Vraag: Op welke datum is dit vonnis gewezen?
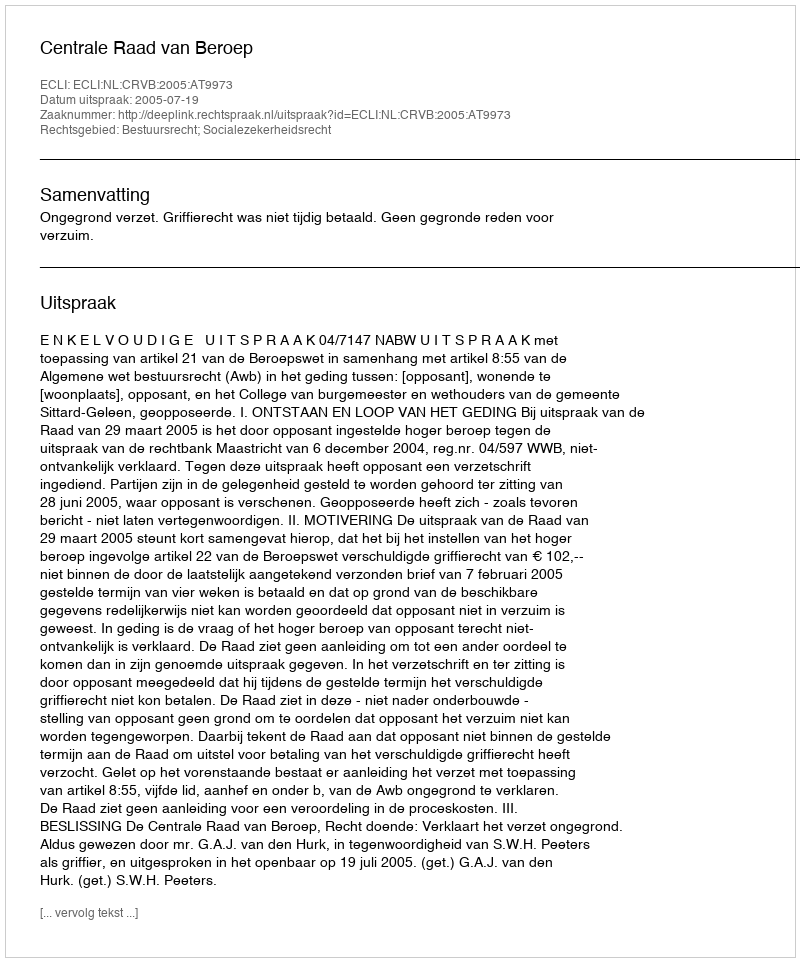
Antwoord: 2005-07-19